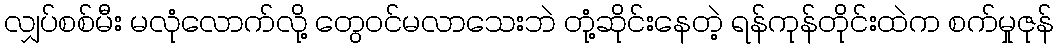
လျှပ်စစ်မီး မလုံလောက်လို့ တွေဝင်မလာသေးဘဲ တုံ့ဆိုင်းနေတဲ့ ရန်ကုန်တိုင်းထဲက စက်မှုဇုန်